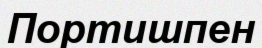
Портишпен